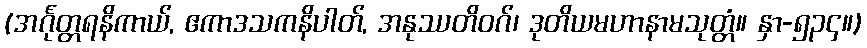
(အင်္ဂုတ္တရနိကာယ်, ဧကာဒသကနိပါတ်, အနုဿတိဝဂ်၊ ဒုတိယမဟာနာမသုတ္တံ။ နှာ-၅၃၄။)